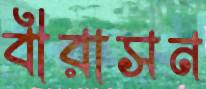
বীরাসন